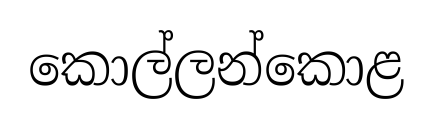
කොල්ලන්කොළ